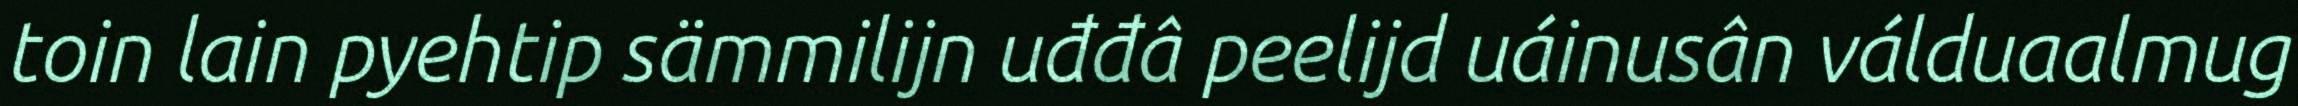
toin lain pyehtip sämmilijn uđđâ peelijd uáinusân válduaalmug